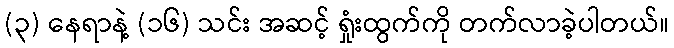
(၃) နေရာနဲ့ (၁၆) သင်း အဆင့် ရှုံးထွက်ကို တက်လာခဲ့ပါတယ်။